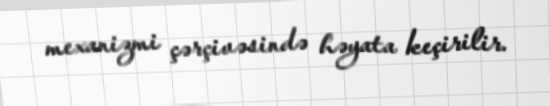
mexanizmi çərçivəsində həyata keçirilir.